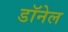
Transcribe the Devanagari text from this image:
डॉनेल